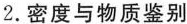
2.密度与物质鉴别